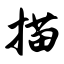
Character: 描